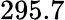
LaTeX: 295.7